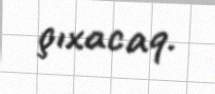
çıxacaq.